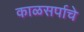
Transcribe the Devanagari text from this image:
काळसर्पाचे